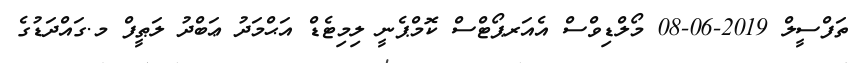
ތަފްސީލް 2019-06-08 މޯލްޑިވްސް އެއަރޕޯޓްސް ކޮމްޕެނީ ލިމިޓެޑް އަޙްމަދު ޢަބްދު ލަޠީފް މ.ގައްދަޑުގެ